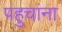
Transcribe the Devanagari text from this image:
पहुचांना